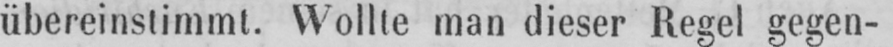
übereinstimmt. Wollte man dieser Regel gegen-